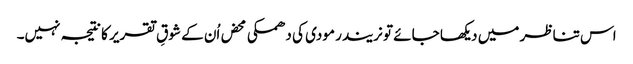
اس تناظر میں دیکھا جائے تو نریندر مودی کی دھمکی محض اُن کے شوقِ تقریر کا نتیجہ نہیں۔